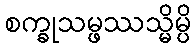
စက္ခုသမ္ဖဿသ္မိမ္ပိ